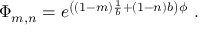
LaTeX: \Phi _ { m , n } = e ^ { \left( ( 1 - m ) \frac { 1 } { b } + ( 1 - n ) b \right) \phi } ~ .